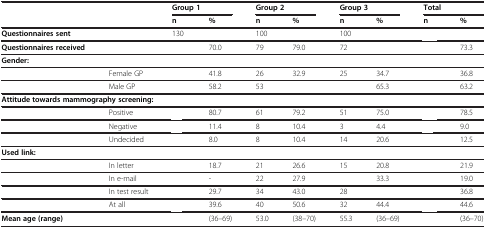
<table><thead><tr><td colspan="2">[EMPTY_CELL]</td><td colspan="2"><b>Group 1</b></td><td colspan="2"><b>Group 2</b></td><td colspan="2"><b>Group 3</b></td><td colspan="2"><b>Total</b></td></tr><tr><td>[EMPTY_CELL]</td><td>[EMPTY_CELL]</td><td><b>n</b></td><td><b>%</b></td><td><b>n</b></td><td><b>%</b></td><td><b>n</b></td><td><b>%</b></td><td><b>n</b></td><td><b>%</b></td></tr></thead><tbody><tr><td><b>Questionnaires sent</b></td><td>[EMPTY_CELL]</td><td>130</td><td>[EMPTY_CELL]</td><td>100</td><td>[EMPTY_CELL]</td><td>100</td><td>[EMPTY_CELL]</td><td>[EMPTY_CELL]</td><td>[EMPTY_CELL]</td></tr><tr><td><b>Questionnaires received</b></td><td>[EMPTY_CELL]</td><td>[EMPTY_CELL]</td><td>70.0</td><td>79</td><td>79.0</td><td>72</td><td>[EMPTY_CELL]</td><td>[EMPTY_CELL]</td><td>73.3</td></tr><tr><td colspan="10"><b>Gender:</b></td></tr><tr><td>[EMPTY_CELL]</td><td>Female GP</td><td>[EMPTY_CELL]</td><td>41.8</td><td>26</td><td>32.9</td><td>25</td><td>34.7</td><td>[EMPTY_CELL]</td><td>36.8</td></tr><tr><td>[EMPTY_CELL]</td><td>Male GP</td><td>[EMPTY_CELL]</td><td>58.2</td><td>53</td><td>[EMPTY_CELL]</td><td>[EMPTY_CELL]</td><td>65.3</td><td>[EMPTY_CELL]</td><td>63.2</td></tr><tr><td colspan="10"><b>Attitude towards mammography screening:</b></td></tr><tr><td>[EMPTY_CELL]</td><td>Positive</td><td>[EMPTY_CELL]</td><td>80.7</td><td>61</td><td>79.2</td><td>51</td><td>75.0</td><td>[EMPTY_CELL]</td><td>78.5</td></tr><tr><td>[EMPTY_CELL]</td><td>Negative</td><td>[EMPTY_CELL]</td><td>11.4</td><td>8</td><td>10.4</td><td>3</td><td>4.4</td><td>[EMPTY_CELL]</td><td>9.0</td></tr><tr><td>[EMPTY_CELL]</td><td>Undecided</td><td>[EMPTY_CELL]</td><td>8.0</td><td>8</td><td>10.4</td><td>14</td><td>20.6</td><td>[EMPTY_CELL]</td><td>12.5</td></tr><tr><td colspan="10"><b>Used link:</b></td></tr><tr><td>[EMPTY_CELL]</td><td>In letter</td><td>[EMPTY_CELL]</td><td>18.7</td><td>21</td><td>26.6</td><td>15</td><td>20.8</td><td>[EMPTY_CELL]</td><td>21.9</td></tr><tr><td>[EMPTY_CELL]</td><td>In e-mail</td><td>[EMPTY_CELL]</td><td>-</td><td>22</td><td>27.9</td><td>[EMPTY_CELL]</td><td>33.3</td><td>[EMPTY_CELL]</td><td>19.0</td></tr><tr><td>[EMPTY_CELL]</td><td>In test result</td><td>[EMPTY_CELL]</td><td>29.7</td><td>34</td><td>43.0</td><td>28</td><td>[EMPTY_CELL]</td><td>[EMPTY_CELL]</td><td>36.8</td></tr><tr><td>[EMPTY_CELL]</td><td>At all</td><td>[EMPTY_CELL]</td><td>39.6</td><td>40</td><td>50.6</td><td>32</td><td>44.4</td><td>[EMPTY_CELL]</td><td>44.6</td></tr><tr><td><b>Mean age (range)</b></td><td>[EMPTY_CELL]</td><td>[EMPTY_CELL]</td><td>(36–69)</td><td>53.0</td><td>(38–70)</td><td>55.3</td><td>(36–69)</td><td>[EMPTY_CELL]</td><td>(36–70)</td></tr></tbody></table>